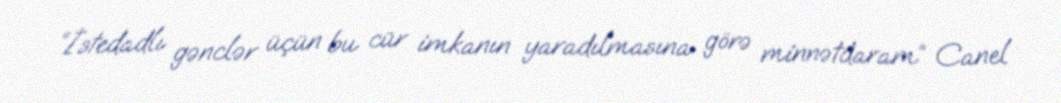
“İstedadlı gənclər üçün bu cür imkanın yaradılmasına görə minnətdaram” Canel